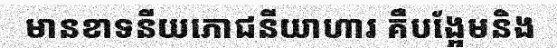
មានខាទនីយភោជនីយាហារ គឺបង្អែមនិង